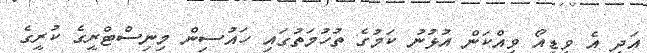
އަދި އެ ވީޑިއޯ ވިއްކަން އުޅުނު ކަމުގެ ތުހުމަތުގައި ހައުސިން މިނިސްޓްރީގެ ކުރީގެ